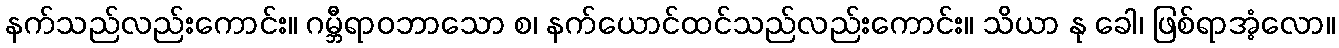
နက်သည်လည်းကောင်း။ ဂမ္ဘီရာဝဘာသော စ၊ နက်ယောင်ထင်သည်လည်းကောင်း။ သိယာ နု ခေါ၊ ဖြစ်ရာအံ့လော။